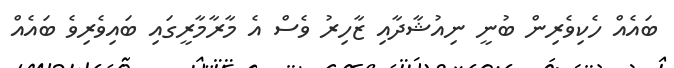
ބައެއް ހެކިވެރިން ބުނީ ނިއުޝާދާއި ޒާހިރު ވެސް އެ މާރާމާރީގައި ބައިވެރިވެ ބައެއް